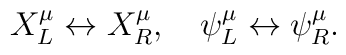
X_L^\mu \leftrightarrow X_R^\mu,\quad \psi_L^\mu \leftrightarrow\psi_R^\mu.